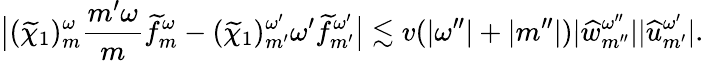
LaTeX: \big|(\widetilde{\chi}_{1})_{m}^{\omega}\frac{{m^{\prime}}\omega}{m}\widetilde{f}_{m}^{\omega}-(\widetilde{\chi}_{1})_{m^{\prime}}^{\omega^{\prime}}{\omega^{\prime}}\widetilde{f}_{m^{\prime}}^{\omega^{\prime}}\big|\lesssim v(|\omega^{\prime\prime}|+|{m^{\prime\prime}}|)|\widehat{w}_{{m^{\prime\prime}}}^{\omega^{\prime\prime}}||{\widehat{u}}_{m^{\prime}}^{\omega^{\prime}}|.